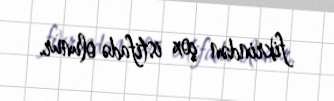
fikrindən çox istifadə olunur.